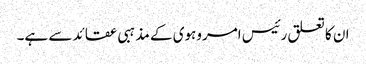
ان کا تعلق رئیس امروہوی کے مذہبی عقائد سے ہے۔